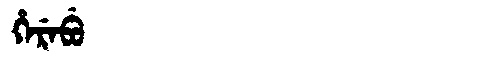
Manchu: ᡥᡝᡵᡝᠪᡠ
Romanization: HEREBU